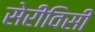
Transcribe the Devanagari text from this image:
सेरीविसी